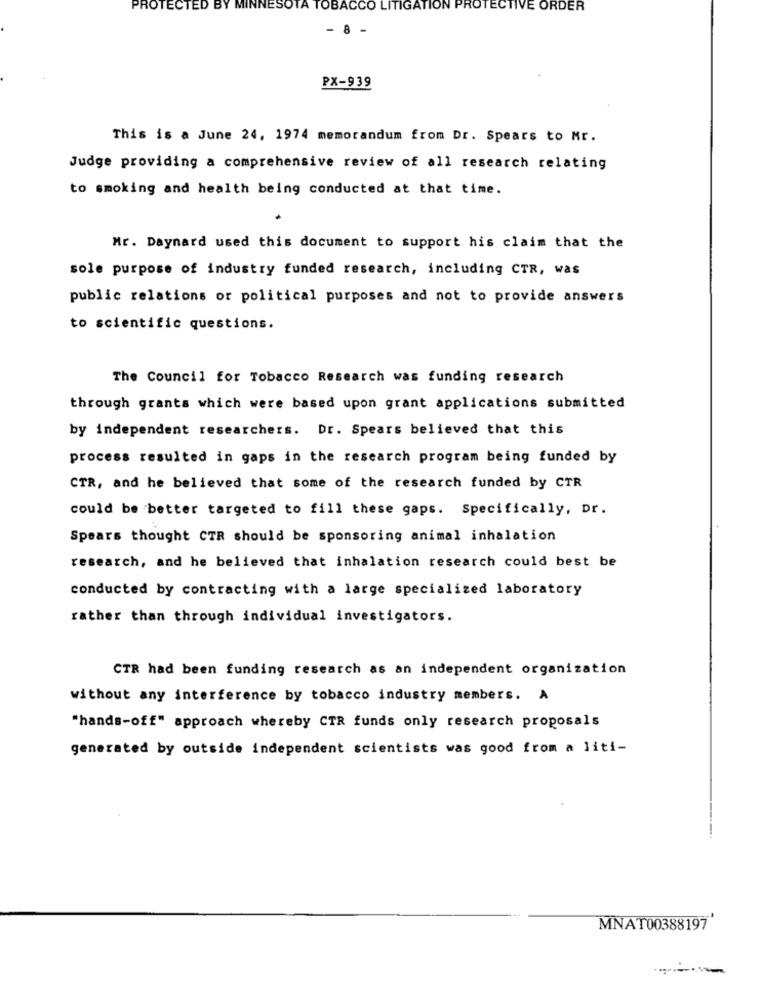
PROTECTED BY MINNESOTA TOBACCO LITIGATION PROTECTIVE ORDER
8
PX-939
This is a June 24, 1974 memorandum from Dr. Spears to Mr.
Judge providing a comprehensive review of all research relating
to smoking and health being conducted at that time.
Mr. Daynard used this document to support his claim that the
sole purpose of industry funded research, including CTR, was
public relations or political purposes and not to provide answers
to scientific questions.
The Council for Tobacco Research was funding research
through grants which were based upon grant applications submitted
by independent researchers. Dr. Spears believed that this
process resulted in gaps in the research program being funded by
CTR, and he believed that some of the research funded by CTR
could be better targeted to fill these gaps. Specifically, Dr.
Spears thought CTR should be sponsoring animal inhalation
research, and he believed that inhalation research could best be
conducted by contracting with a large specialized laboratory
rather than through individual investigators.
CTR had been funding research as an independent organization
without any interference by tobacco industry members. A
"hands-off" approach whereby CTR funds only research proposals
generated by outside independent scientists was good from a liti-
MNAT00388197